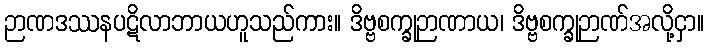
ဉာဏဒဿနပဋိလာဘာယဟူသည်ကား။ ဒိဗ္ဗစက္ခုဉာဏာယ၊ ဒိဗ္ဗစက္ခုဉာဏ်အလို့ငှာ။